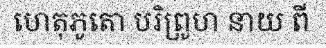
ហេតុភូតោ បរិព្រូហ នាយ ពី